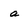
Character: a